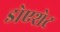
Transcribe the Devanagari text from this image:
डोएशेट